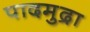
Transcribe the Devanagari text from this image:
पादमुद्रा